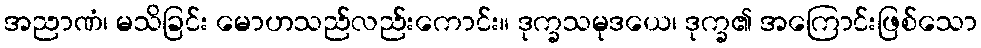
အညာဏံ၊ မသိခြင်း မောဟသည်လည်းကောင်း။ ဒုက္ခသမုဒယေ၊ ဒုက္ခ၏ အကြောင်းဖြစ်သော